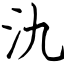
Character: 氿